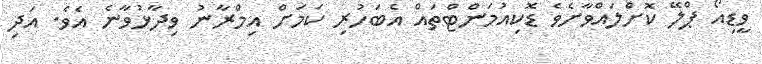
ވީޑިއޯ ޕްލޭ ކޮށްލައްވާށެވެ ޑޮކިއުމަންޓްތައް އެބަހުރި ކަމަށް އިމްރާނު ވިދާޅުވާނެ އެވެ. އަދި